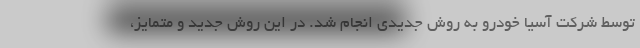
توسط شرکت آسیا خودرو به روش جدیدی انجام شد. در این روش جدید و متمایز،